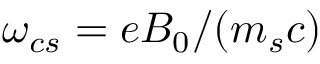
\omega _ { c s } = e B _ { 0 } / ( m _ { s } c )